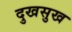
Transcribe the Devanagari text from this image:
दुखसुख